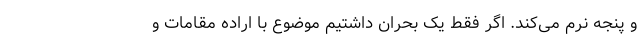
و پنجه نرم می‌کند. اگر فقط یک بحران داشتیم موضوع با اراده مقامات و